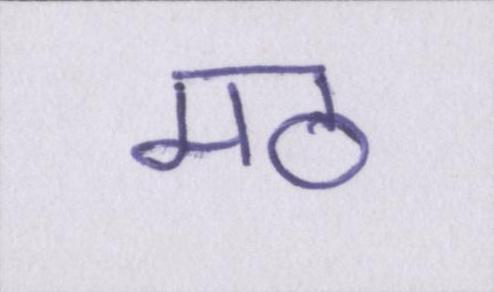
मठ